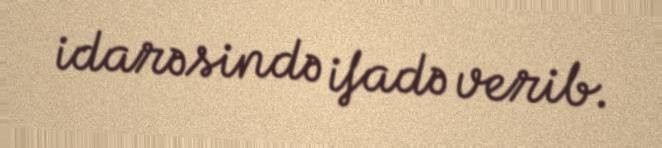
idarəsində ifadə verib.